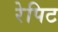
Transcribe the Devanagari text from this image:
रेपिट